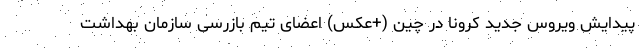
پیدایش ویروس جدید کرونا در چین (+عکس) اعضای تیم بازرسی سازمان بهداشت